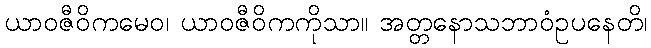
ယာဝဇီဝိကမေဝ၊ ယာဝဇီဝိကကိုသာ။ အတ္တနောသဘာဝံဥပနေတိ၊